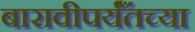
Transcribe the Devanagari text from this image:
बारावीपर्यँतच्या